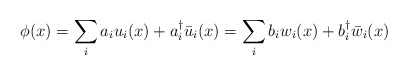
\begin{align*}\phi(x)=\sum_{i}a_{i}u_{i}(x)+a_{i}^{\dagger}\bar{u}_{i}(x)=\sum_{i}b_{i}w_{i}(x)+b_{i}^{\dagger}\bar{w}_{i}(x)\end{align*}